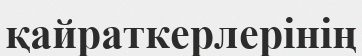
қайраткерлерінің